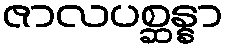
ဇာလပစ္ဆန္နာ